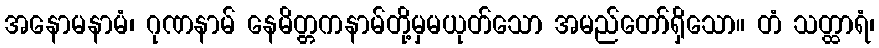
အနောမနာမံ၊ ဂုဏနာမ် နေမိတ္တကနာမ်တို့မှမယုတ်သော အမည်တော်ရှိသော။ တံ သတ္ထာရံ၊